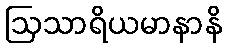
ဩသာရိယမာနာနိ